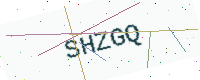
Text: SHZGQ